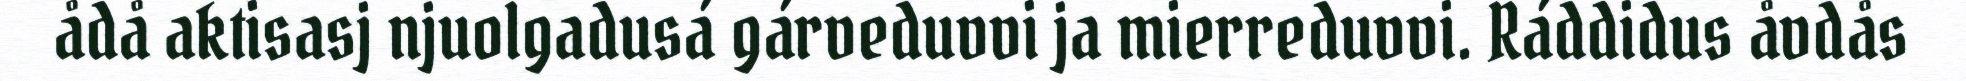
ådå aktisasj njuolgadusá gárveduvvi ja mierreduvvi. Ráddidus åvdås